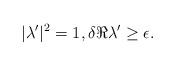
LaTeX: \begin{align*} |\lambda'|^2 = 1, \delta \Re{\lambda'} \geq \epsilon.\end{align*}